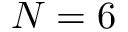
N = 6